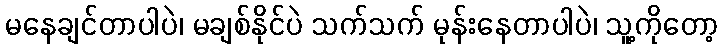
မနေချင်တာပါပဲ၊ မချစ်နိုင်ပဲ သက်သက် မုန်းနေတာပါပဲ၊ သူ့ကိုတော့